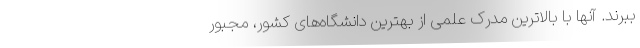
ببرند. آنها با بالاترین مدرک علمی از بهترین دانشگاه‌های کشور، مجبور